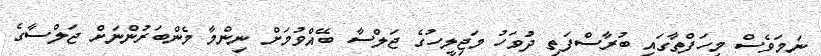
ނަމަވެސް މިހަފްތާގައި ބުރާސްފަތި ދުވަހު މަޖިލީހުގެ ޖަލްސާ ބޭއްވުމަށް ނިންމާ މެންބަރުންނަށް ޖަލްސާގެ